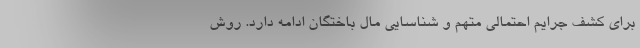
برای کشف جرایم احتمالی متهم و شناسایی مال باختگان ادامه دارد. روش